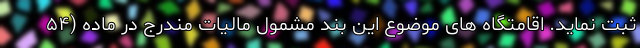
ثبت نماید. اقامتگاه های موضوع این بند مشمول مالیات مندرج در ماده (۵۴